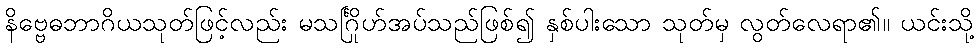
နိဗ္ဗေဓဘာဂိယသုတ်ဖြင့်လည်း မသင်္ဂြိုဟ်အပ်သည်ဖြစ်၍ နှစ်ပါးသော သုတ်မှ လွတ်လေရာ၏။ ယင်းသို့